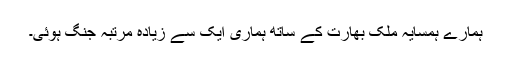
ہمارے ہمسایہ ملک بھارت کے ساتھ ہماری ایک سے زیادہ مرتبہ جنگ ہوئی۔